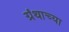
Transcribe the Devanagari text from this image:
ग्रंथाच्‍या